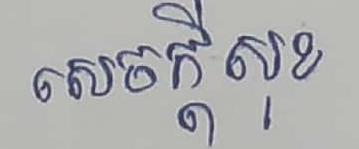
សេចក្ដីសុខ